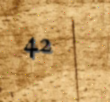
42